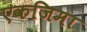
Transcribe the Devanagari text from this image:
एकजिमा